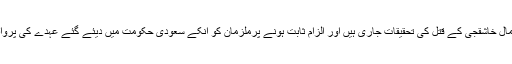
سعودی ولی عہد نے کہا کہ جمال خاشقجی کے قتل کی تحقیقات جاری ہیں اور الزام ثابت ہونے پرملزمان کو انکے سعودی حکومت میں دیئے گئے عہدے کی پرواہ کئے بغیر سزا دی جائے گی۔